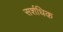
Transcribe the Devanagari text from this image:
सर्शधिक